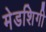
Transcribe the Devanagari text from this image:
मेडशिगी